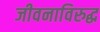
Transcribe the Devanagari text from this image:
जीवनाविरुद्ध